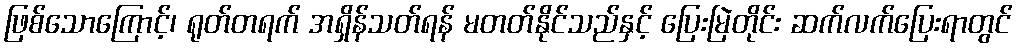
ဖြစ်သောကြောင့်၊ ရုတ်တရက် အရှိန်သတ်ရန် မတတ်နိုင်သည်နှင့် ပြေးမြဲတိုင်း ဆက်လက်ပြေးရာတွင်